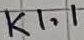
Text: K1.1